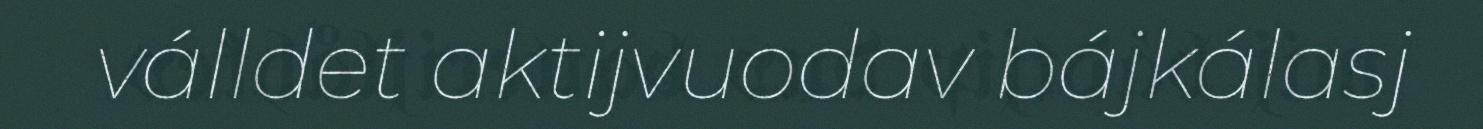
válldet aktijvuodav bájkálasj